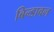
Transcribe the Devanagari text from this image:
बिन्डावल